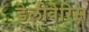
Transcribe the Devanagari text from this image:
डेलीवेरिस